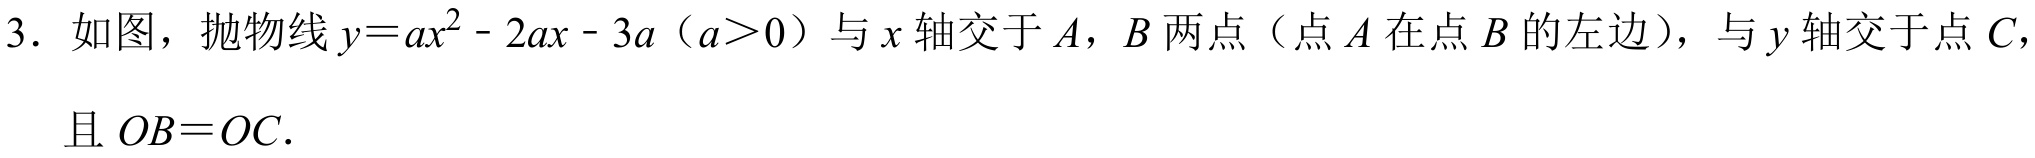
3. 如图，抛物线 \(y = ax^{2}-2ax - 3a\)（\(a>0\)）与 \(x\) 轴交于 \(A\)，\(B\) 两点（点 \(A\) 在点 \(B\) 的左边），与 \(y\) 轴交于点 \(C\)，且 \(OB = OC\).